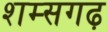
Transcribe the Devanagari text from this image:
शम्सगढ़